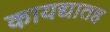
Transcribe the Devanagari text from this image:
कायद्यातह